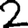
Digit: 2